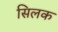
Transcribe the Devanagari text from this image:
सिलक